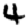
Digit: 4